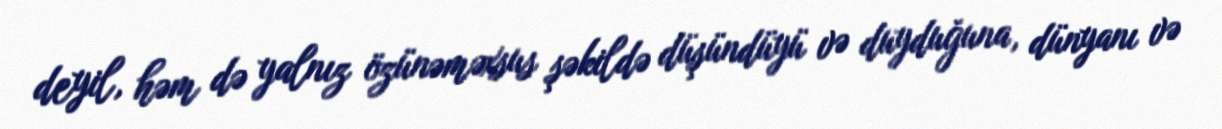
deyil, həm də yalnız özünəməxsus şəkildə düşündüyü və duyduğuna, dünyanı və